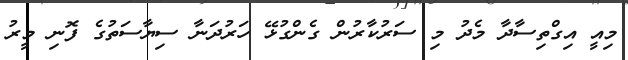
މިއީ އިގްތިސާދާ މެދު މި ސަރުކާރުން ގެންގުޅޭ ހަރުދަނާ ސިޔާސަތުގެ ފޮނި މީރު